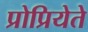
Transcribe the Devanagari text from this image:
प्रोप्रियेते